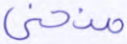
منحنى